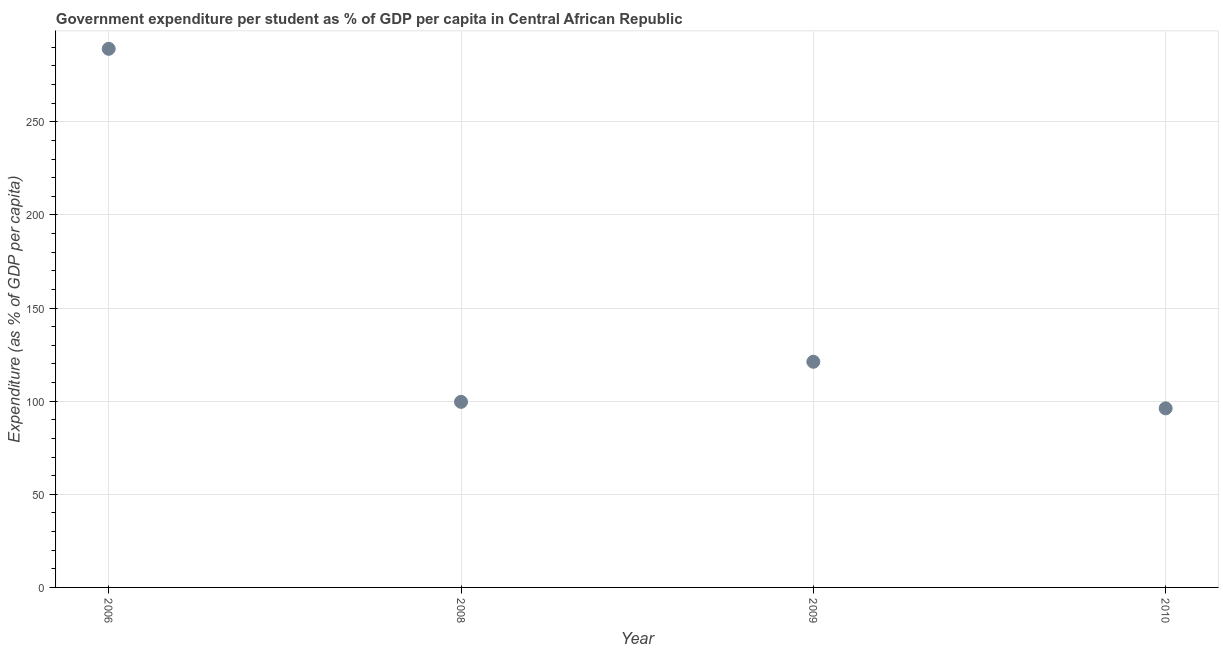
| Year | Government expenditure per tertiary student |
 | --- | --- |
 | 2006 | 289 |
 | 2008 | 99.6 |
 | 2009 | 121 |
 | 2010 | 96.1 |